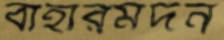
বাহারমর্দন